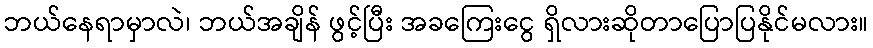
ဘယ်နေရာမှာလဲ၊ ဘယ်အချိန် ဖွင့်ပြီး အခကြေးငွေ ရှိလားဆိုတာပြောပြနိုင်မလား။